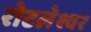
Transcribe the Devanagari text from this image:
रोटलेश्वर